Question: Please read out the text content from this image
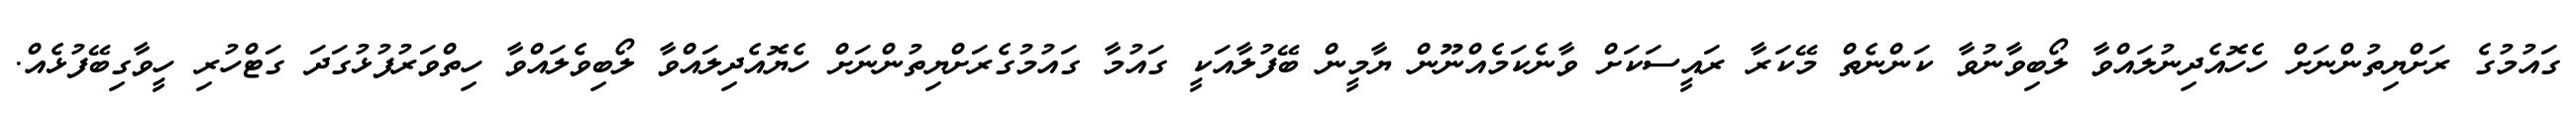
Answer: ގައުމުގެ ރަށްޔިތުންނަށް ހެހޮއެދިނުލައްވާ ލޯބިވާނުވާ ކަންނެތް މޭކަރާ ރައީސަކަށް ވާނެކަމެއްނޫން ޔާމީން ބޭފުލާއަކީ ގައުމާ ގައުމުގެރަށްޔިތުންނަށް ހެޔޮއެދިލައްވާ ލޯބިވެލައްވާ ހިތްވަރުފުޅުގަދަ ގަޓްހުރި ހީވާގިބޭފުޅެއް.